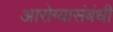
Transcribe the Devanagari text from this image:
आरोग्यासंबंधी